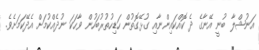
އަނުޝްލާ ބުނީ އޭނާގެ ދެ ކޮއްކައިންނާއި ގުޅޭގޮތުން ހަޑިހުތުރުބަހުން ވާހަކަ ނުދެއްކުމަށް އެދޭކަމަށެވެ.